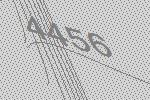
4456